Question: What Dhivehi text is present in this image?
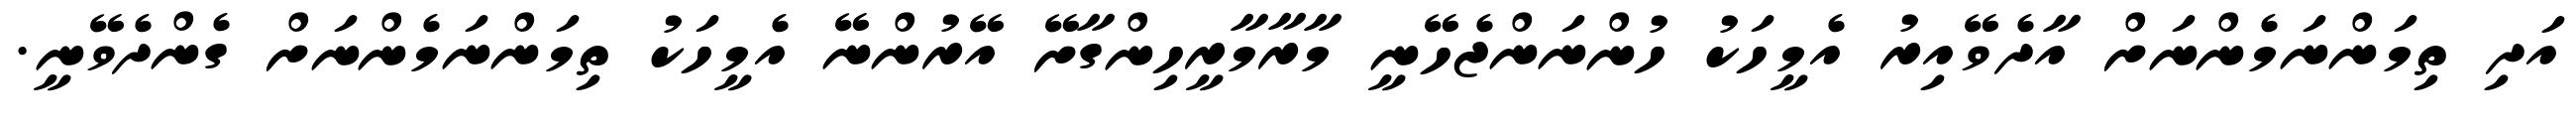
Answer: އަދި ތިމަންނަމެންނަށް އާދެވޭއިރު އެމީހަކު ހުންނަންޖެހޭނީ މާރާމާރީހިންގާށޭ އޭރުންނޭ އެމީހަކު ތިމަންނަމެންނަށް ގެންދެވޭނީ.